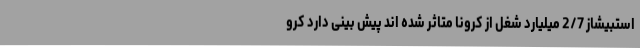
استبیشاز 2/7 میلیارد شغل از کرونا متاثر شده اند پیش بینی دارد کرو